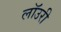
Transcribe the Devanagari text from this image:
लाॅउरी